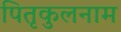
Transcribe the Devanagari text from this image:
पितृकुलनाम